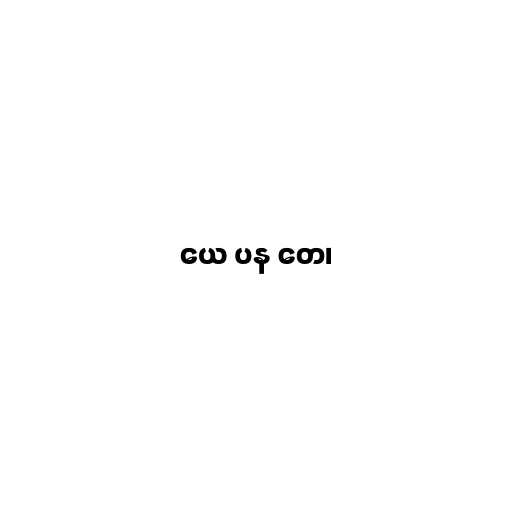
ယေ ပန တေ၊